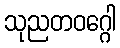
သုညတဝဂ္ဂေါ